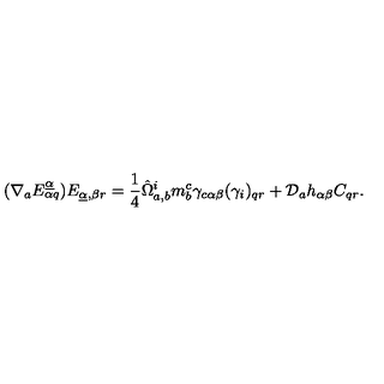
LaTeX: ( \nabla _ { a } E _ { \alpha q } ^ { \underline { \alpha } } ) E _ { \underline { \alpha } , \beta r } = { \frac { 1 } { 4 } } \hat { \Omega } _ { a , b } ^ { i } m _ { b } ^ { c } \gamma _ { c \alpha \beta } ( \gamma _ { i } ) _ { q r } + { \cal D } _ { a } h _ { \alpha \beta } C _ { q r } .